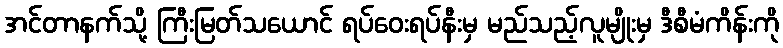
အင်တာနက်သို့ ကြီးမြတ်သယောင် ရပ်ဝေးရပ်နီးမှ မည်သည့်လူမျိုးမှ ဒီစီမံကိန်းကို